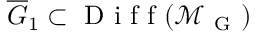
\overline { { G } } _ { 1 } \subset \mathrm { ~ D ~ i ~ f ~ f ~ } ( \mathcal { M } _ { \mathrm { ~ G ~ } } )